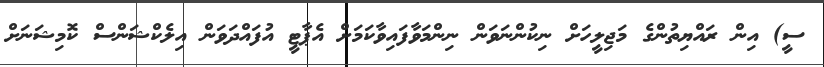
ސީ) އިން ރައްޔިތުންގެ މަޖިލީހަށް ނިކުންނަވަން ނިންމަވާފައިވާކަމަށް އެޕާޓީ އުފައްދަވަން އިލެކްޝަންސް ކޮމިޝަނަށް